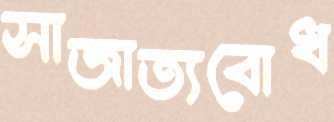
সাজাত্যবোধ